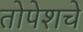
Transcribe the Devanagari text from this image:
तोपेशचे